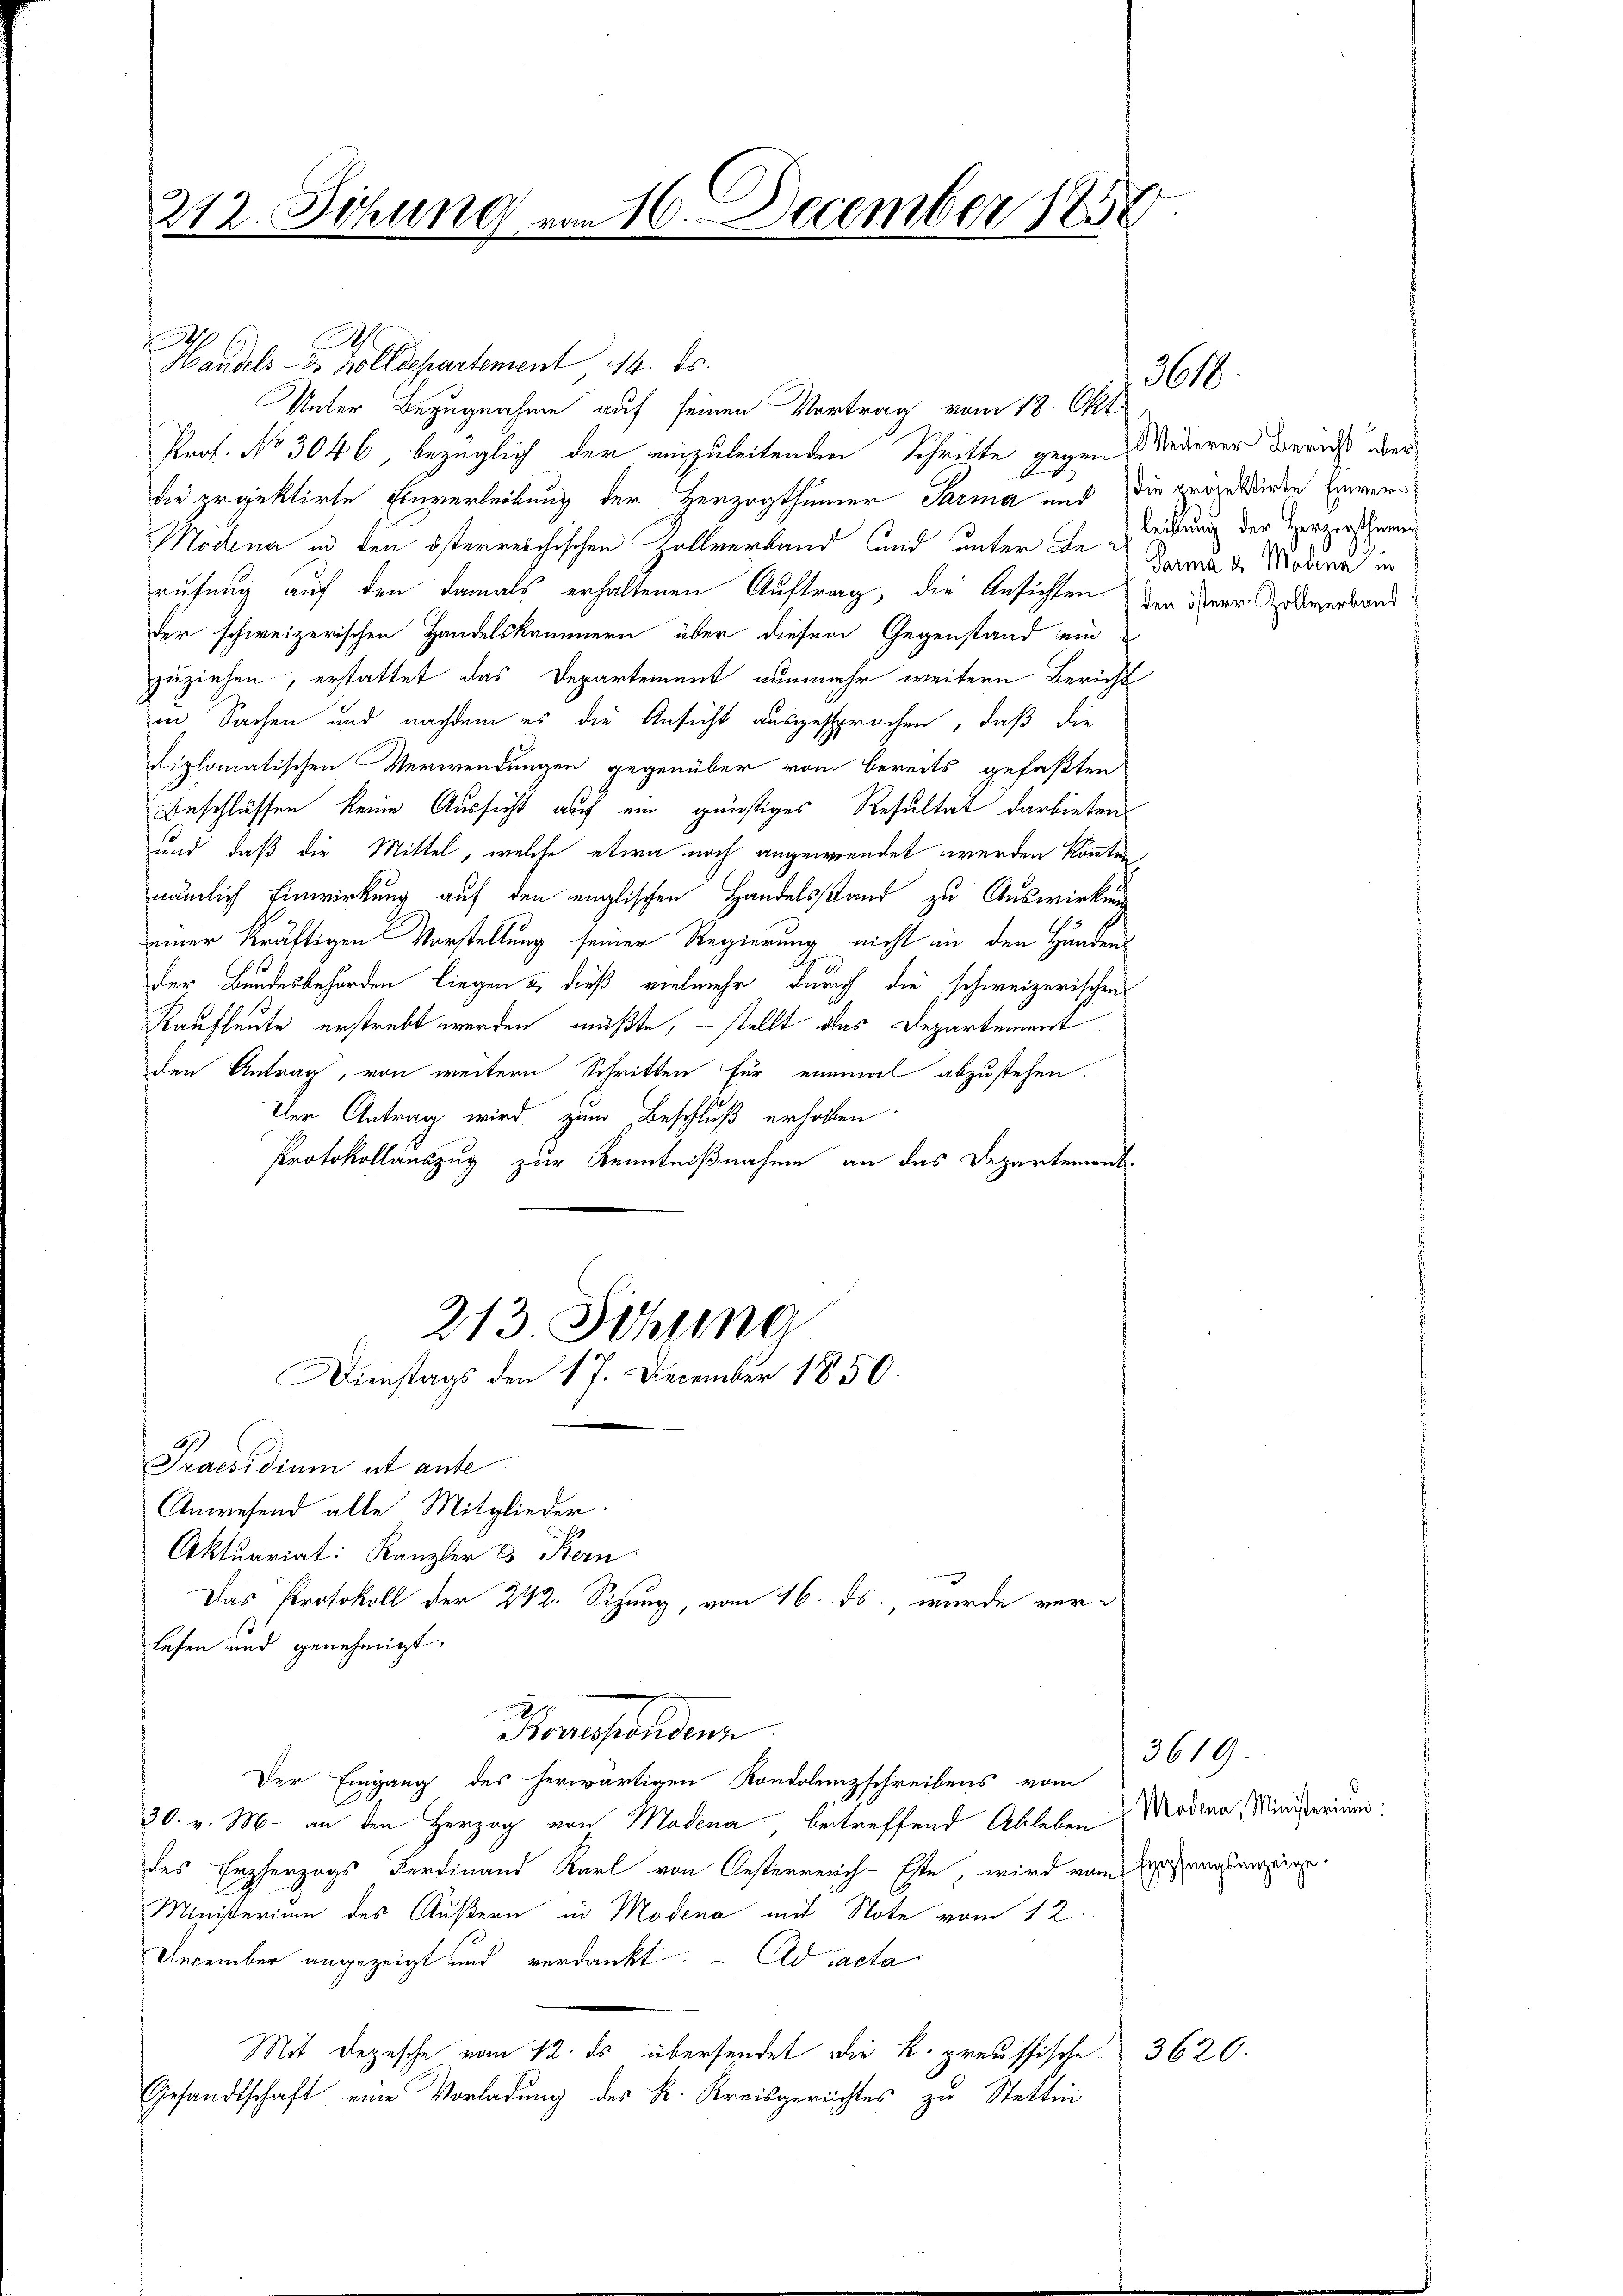
212. Sitzung von 16. December 1858.

Handels- u. Zollschartement 14. ds.
Unter Bezugnahme auf seinen Vortrag vom 18. Okt.
Prof. No 3046, bezüglich der einzuleitenden Schritte gegen Niederer beruht der
die projektirte Eheverleibung der Herzogthumer Sarma und die größe wurde Einver¬
Modena in den österreichischen Zollverband und unter de Leitung der Verzerscherung
rufung auf den damals erhaltenen Auftrag, die Ansichten der Herr Amerband
der schweizerischen Handelskammern über diesem Gegenstand ein
zuziehen, erstattet das Departement nunmehr weitern Bericht
in Sachen und nachdem es die Ansicht ausgesprochen, daß die
diplomatischen Verwendungen gegenüber von bereits gefaßten
Beschlüssen keine Aussicht auf ein günstiges Resultat darbieten
und, daß die Mittel, welche etwa noch angewendet werden könnten
nämlich Einwirkung auf den englischen Handelsstand zu Auswirkung
einer Kräftigen Vorstellung seiner Regierung nicht in den Händens
e
der Bundesbehörden liegen u. dieß vielmehr durch die schweizerischen
Kaufleute erstrebt werden müßte, – stellt das Departement
den Antrag, von weiteren Schritten für einmal abzustehen.
Der Antrag wird, zum Beschluß erholten
Protokollauszug zur Kenntnißnahme an das Departerrit-

Praesidium ut ante
Anwesend alle Mitglieder.
Aktuariat: Kanzler es Bern
lesen und genehmigt.
30. v. M. an den Herzog von Modena betreffend Ableben
des Erzherzogs Ferdinand Karl von Oesterreich-Este, wird vom Empfangsanzeige
Ministerium des Äußern in Modena mit Note vom 12.
December angezeigt und verdankt. – Ad acta
Mit Depesche vom 12. ds übersendet die K. preussische
Gesandtschaft eine Vorladung des K. Kreisgerichtes zu Stettin

213. Sitzung
Dienstags den 17. December 1850.

Das Protokoll der 242. Sizung, vom 16. ds., wurde ver¬

Promessendene
Der Eingang des herwärtigen Kondolenzschreibens vom

3620.

2610

Parma de Magen

3619.
Modena, Ministerium.